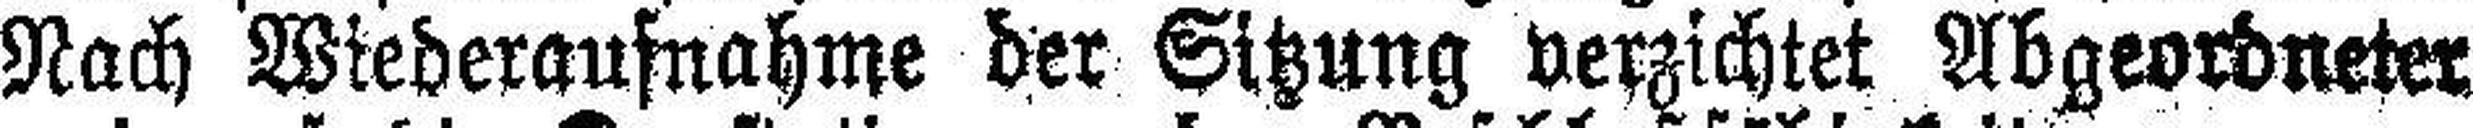
Nach Wiederaufnahme der Sitzung verzichtet Abgeordneter